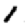
Digit: 1